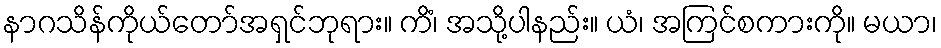
နာဂသိန်ကိုယ်တော်အရှင်ဘုရား။ ကိံ၊ အသို့ပါနည်း။ ယံ၊ အကြင်စကားကို။ မယာ၊